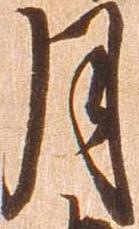
月